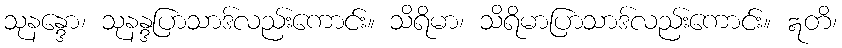
သုနန္ဒော၊ သုနန္ဒပြာသာဒ်လည်းကောင်း။ သိရိမာ၊ သိရိမာပြာသာဒ်လည်းကောင်း။ ဣတိ၊